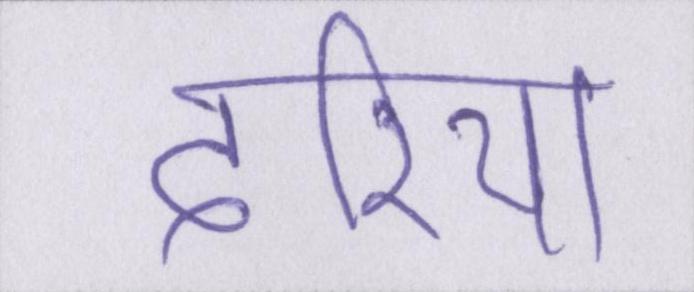
दरिया